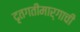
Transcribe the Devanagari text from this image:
दृतगतीमार्गाची